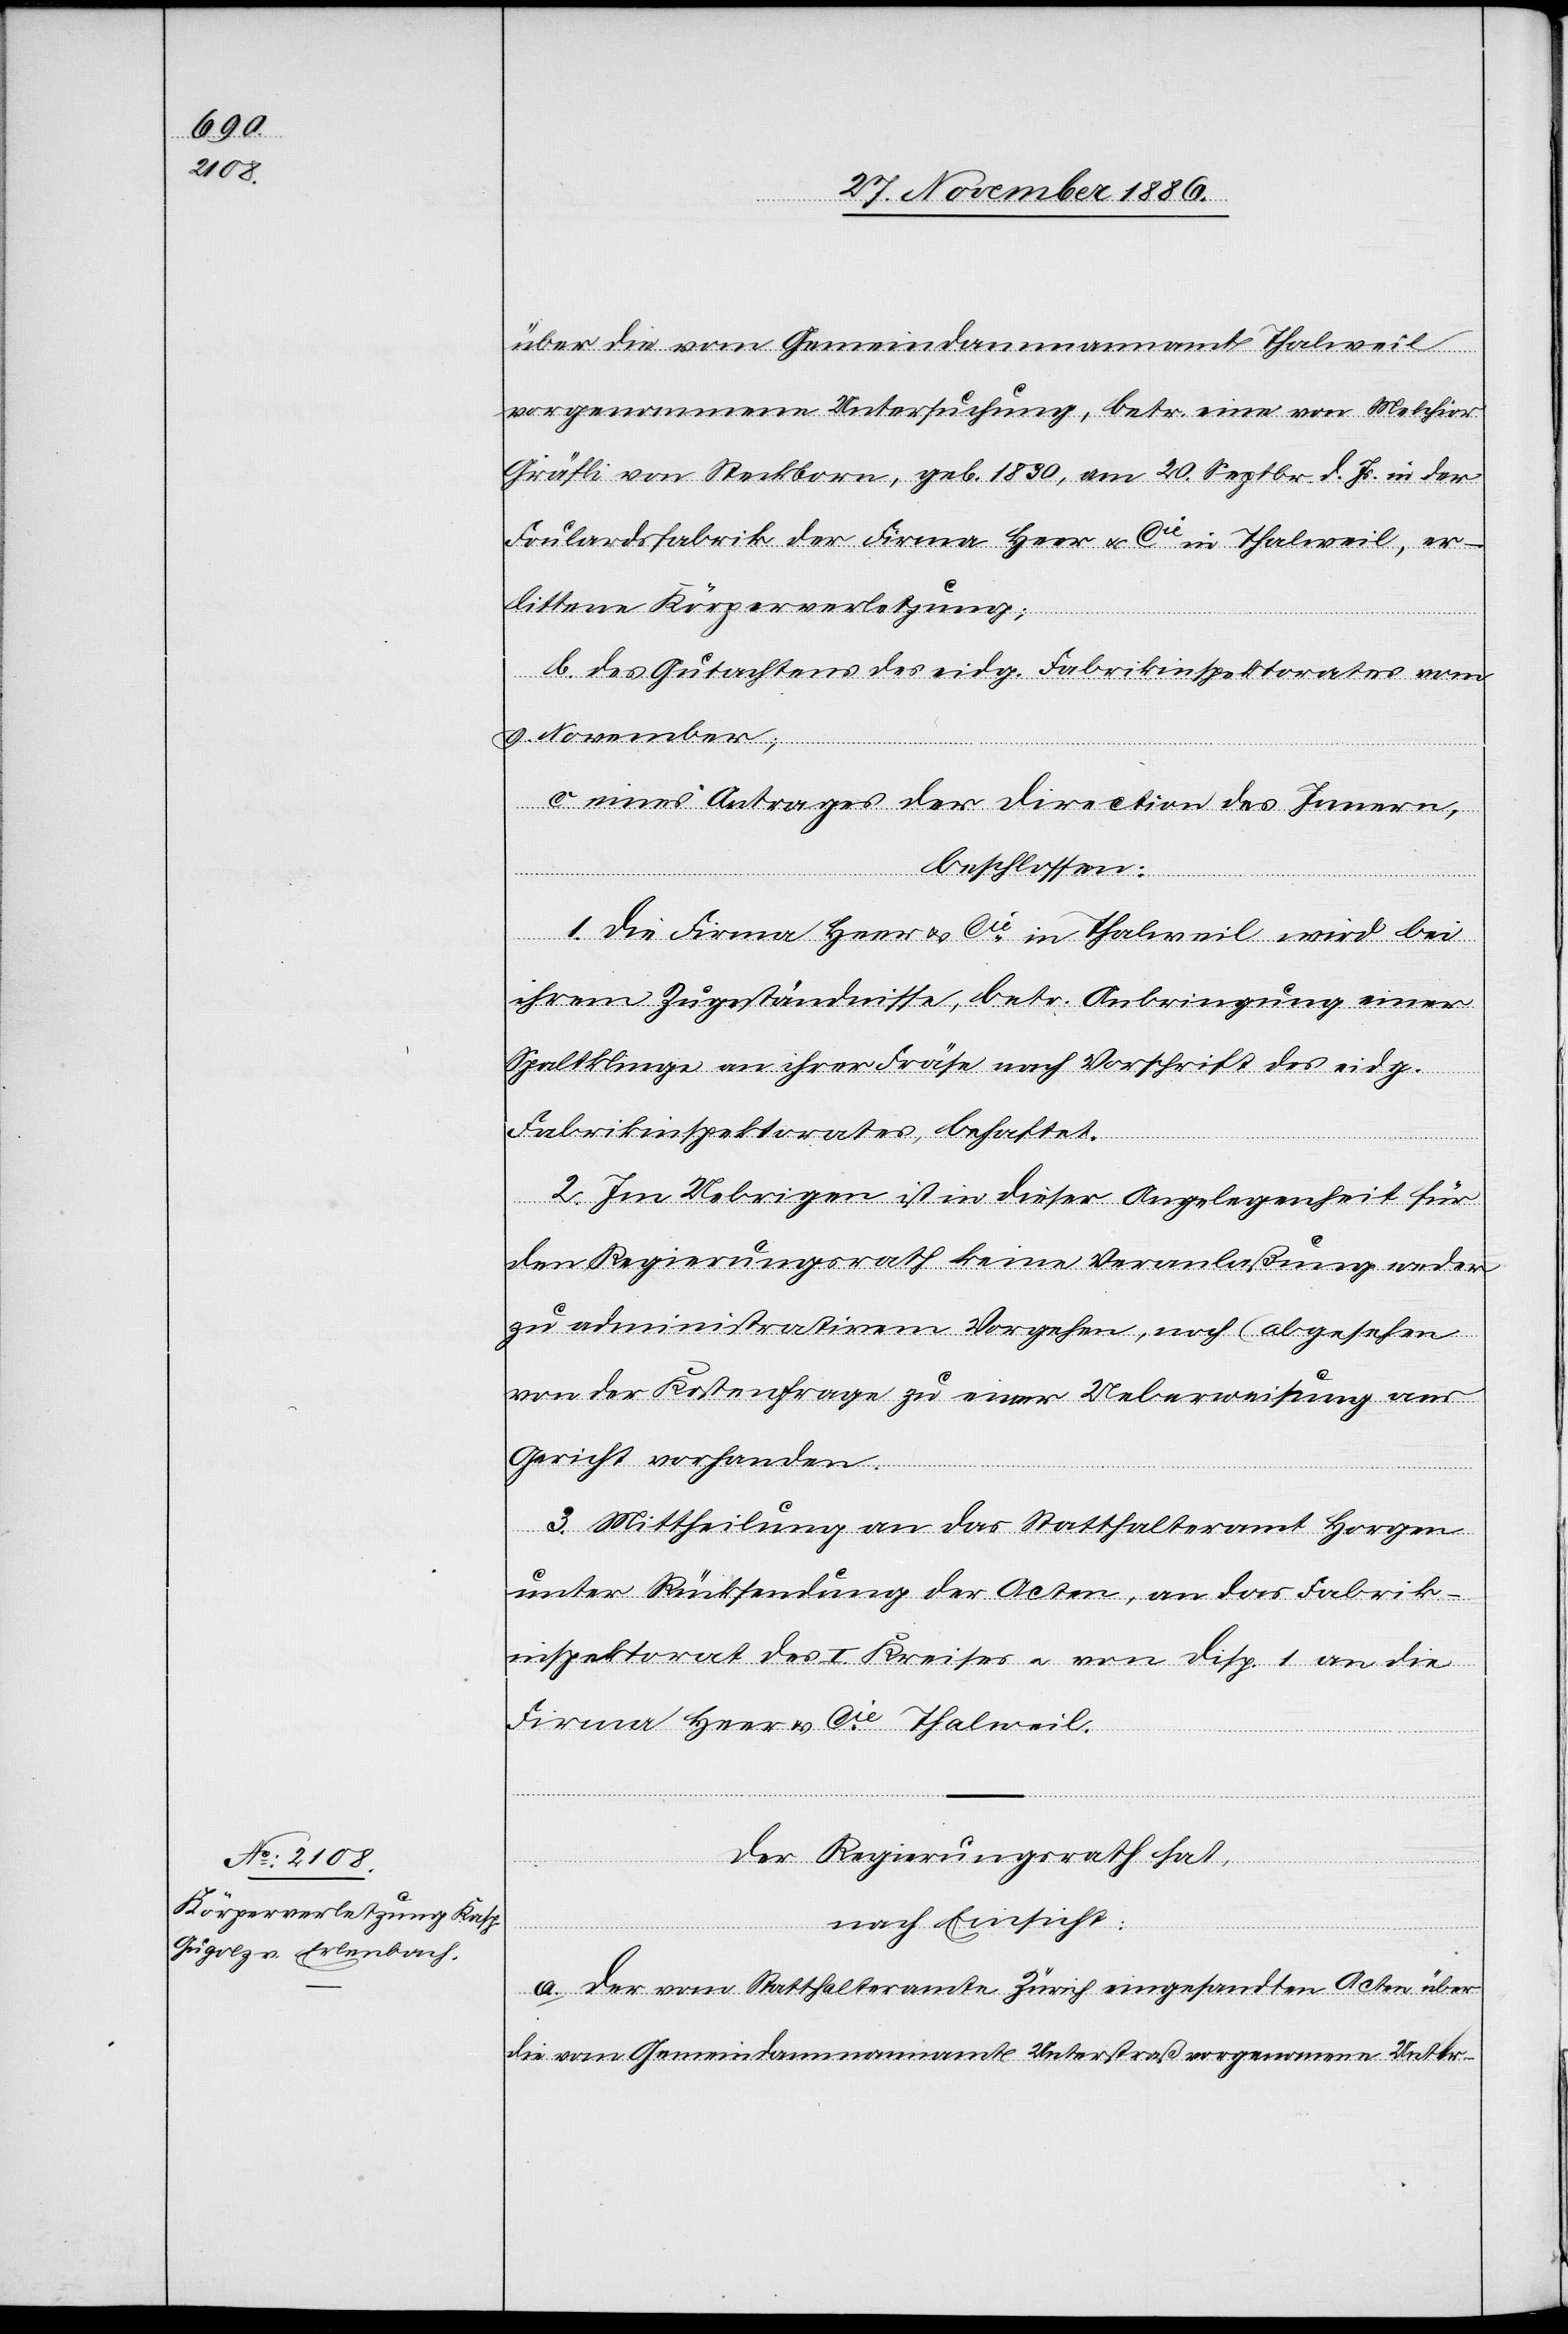
über die vom Gemeindammannamt Thalweil
vorgenommene Untersuchung, betr. eine von Melchior
Gräfli von Steckborn, geb. 1830, am 20. Septbr. d. Js. in der
Foulardsfabrik der Firma Heer & Cie in Thalweil, er¬
littene Körperverletzung;
b. des Gutachtens des eidg. Fabrikinspektorates vom
9. November;
c. eines Antrages der Direction des Innern,
beschlossen:
1. Die Firma Heer & Cie in Thalweil wird bei
ihrem Zugeständnisse, betr. Anbringung einer
Spaltklinge an ihrer Fräse nach Vorschrift des eidg.
Fabrikinspektorates, behaftet.
2. Im Uebrigen ist in dieser Angelegenheit für
den Regierungsrath keine Veranlaßung weder
zu administrativem Vorgehen, noch (abgesehen
von der Kostenfrage) zu einer Ueberweisung ans
Gericht vorhanden.
3. Mittheilung an das Statthalteramt Horgen
unter Rücksendung der Acten, an das Fabrik¬
inspektorat des I. Kreises & von Disp. 1 an die
Firma Heer & Cie Thalweil.
Der Regierungsrath hat,
nach Einsicht:
a. der vom Statthalteramt Zürich eingesandten Acten über
die vom Gemeindammannamt Unterstraß vorgenommene Unter-